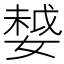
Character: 𡠃